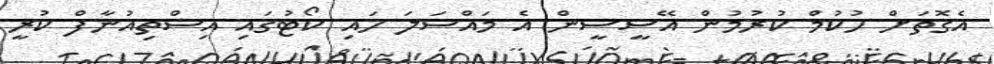
އެގޮތަށް ހުކުމް ކުރުމުން އޭސީސީން އެ މައްސަލަ ހައި ކޯޓުގައި އިސްތިއުނާފް ކުރީ